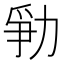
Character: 𱐲